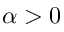
\alpha > 0